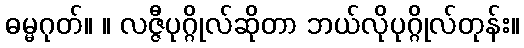
ဓမ္မဂုတ်။ ။ လဇ္ဇီပုဂ္ဂိုလ်ဆိုတာ ဘယ်လိုပုဂ္ဂိုလ်တုန်း။